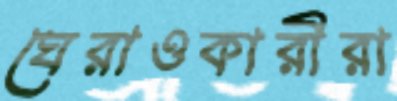
ঘেরাওকারীরা